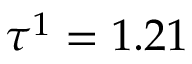
\tau ^ { 1 } = 1 . 2 1